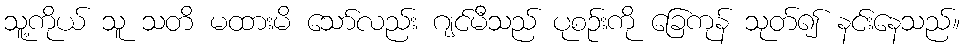
သူ့ကိုယ် သူ သတိ မထားမိ သော်လည်း ဂျင်မီသည် ပုစဉ်းကို ခြေကုန် သုတ်၍ နင်းနေသည်။